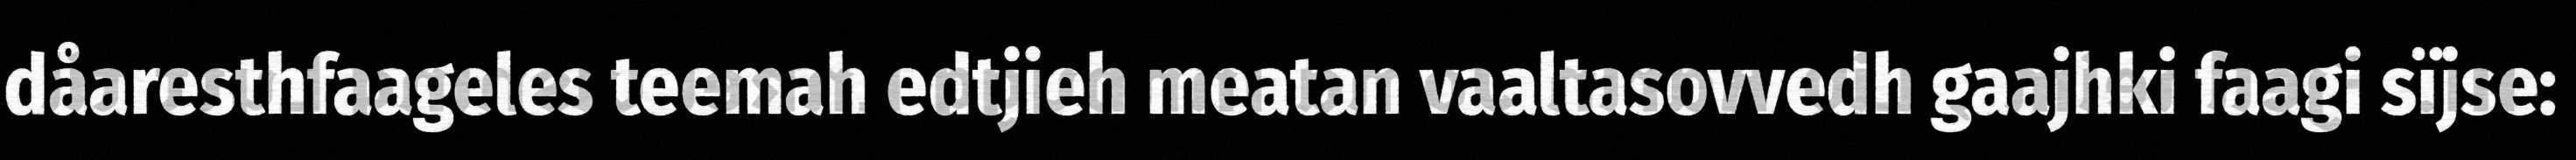
dåaresthfaageles teemah edtjieh meatan vaaltasovvedh gaajhki faagi sïjse: